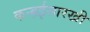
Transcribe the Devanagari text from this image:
कन्हईसारखी